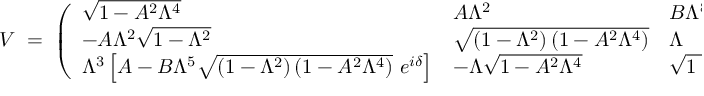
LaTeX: V \; = \; \left( \begin{array} { l l l } { { \sqrt { 1 - A ^ { 2 } \Lambda ^ { 4 } } } } & { { A \Lambda ^ { 2 } } } & { { B \Lambda ^ { 8 } e ^ { - i \delta } } } \\ { { - A \Lambda ^ { 2 } \sqrt { 1 - \Lambda ^ { 2 } } } } & { { \sqrt { \left( 1 - \Lambda ^ { 2 } \right) \left( 1 - A ^ { 2 } \Lambda ^ { 4 } \right) } } } & { { \Lambda } } \\ { { \Lambda ^ { 3 } \left[ A - B \Lambda ^ { 5 } \sqrt { \left( 1 - \Lambda ^ { 2 } \right) \left( 1 - A ^ { 2 } \Lambda ^ { 4 } \right) } ~ e ^ { i \delta } \right] } } & { { - \Lambda \sqrt { 1 - A ^ { 2 } \Lambda ^ { 4 } } } } & { { \sqrt { 1 - \Lambda ^ { 2 } } } } \end{array} \right) \; .